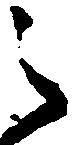
之